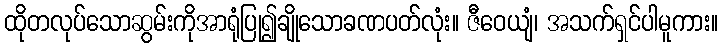
ထိုတလုပ်သောဆွမ်းကိုအာရုံပြု၍ချိုသောခဏပတ်လုံး။ ဇီဝေယျံ၊ အသက်ရှင်ပါမူကား။